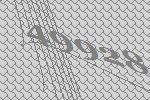
49928